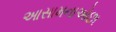
આસામનાઓછા